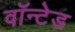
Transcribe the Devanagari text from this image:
वॉन्टेड